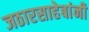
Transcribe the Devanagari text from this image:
जठारसाहेबांनी